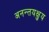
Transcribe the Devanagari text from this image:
अनन्तयक्षुय